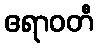
ဧရာဝတီ